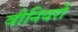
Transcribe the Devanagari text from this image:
वीनियरों